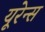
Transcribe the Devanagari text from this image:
यूरेन्स